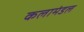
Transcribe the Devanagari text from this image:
कलामंडल